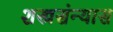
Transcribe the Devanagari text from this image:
शस्त्रसंन्यास